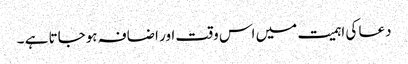
دعا کی اہمیت میں اس وقت اور اضافہ ہوجاتا ہے ۔